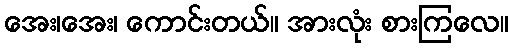
အေး၊အေး၊ ကောင်းတယ်။ အားလုံး စားကြလေ။